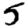
Digit: 5